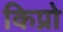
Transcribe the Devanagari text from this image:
किप्रो